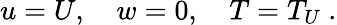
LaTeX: u=U,\quad w=0,\quad T=T_{U}~.